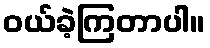
ဝယ်ခဲ့ကြတာပါ။